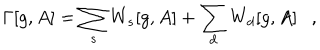
\Gamma [ g , A ] = \sum _ { s } W _ { s } [ g , A ] + \sum _ { d } W _ { d } [ g , A ] ,